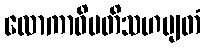
လောကာဓိပတိသဟဗျတံ